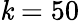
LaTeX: \mathit{k}=50